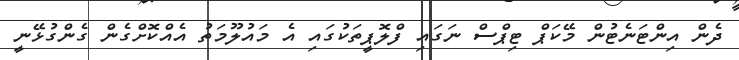
ދެން އިންޓަނެޓުން މޭކަޕް ޓިޕްސް ނަގައި ފްލޮޕީތަކުގައި އެ މައުލޫމަތު އެއްކޮށްގެން ގެންގުޅޭނީ